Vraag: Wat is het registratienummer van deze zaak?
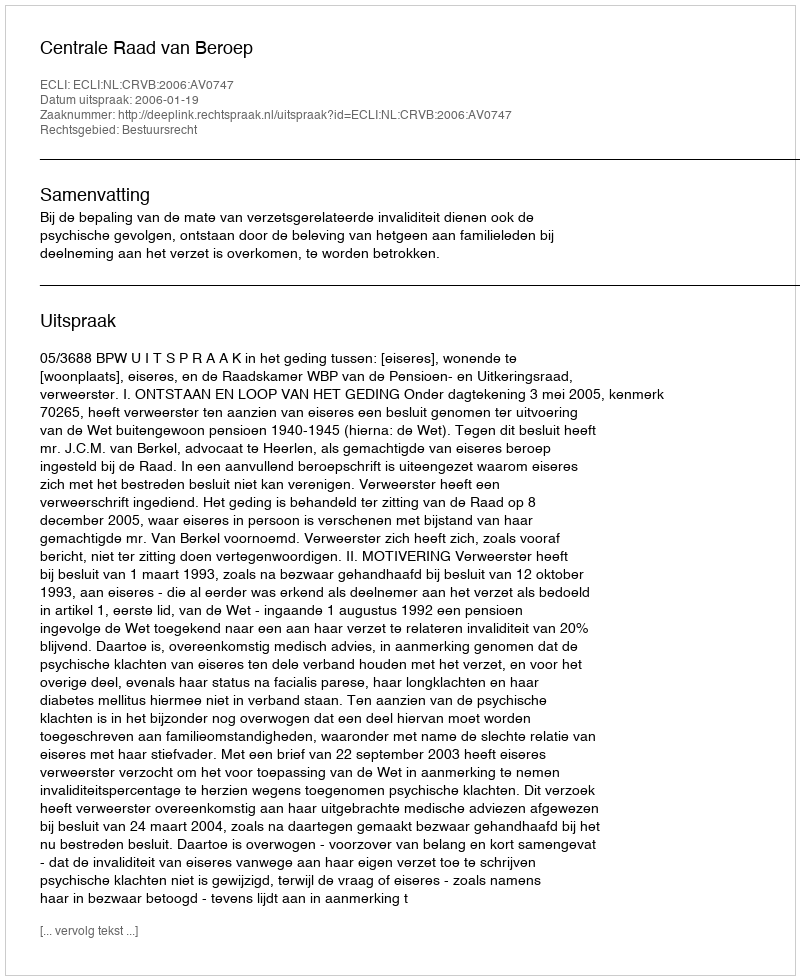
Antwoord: http://deeplink.rechtspraak.nl/uitspraak?id=ECLI:NL:CRVB:2006:AV0747